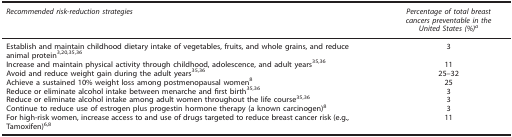
<table><thead><tr><td><b><i>Recommended risk-reduction strategies</i></b></td><td><b><i>Percentage of total breast cancers preventable in the United States (%)a</i></b></td></tr></thead><tbody><tr><td>Establish and maintain childhood dietary intake of vegetables, fruits, and whole grains, and reduce animal protein<sup>3,20,35,36</sup></td><td>3</td></tr><tr><td>Increase and maintain physical activity through childhood, adolescence, and adult years<sup>35,36</sup></td><td>11</td></tr><tr><td>Avoid and reduce weight gain during the adult years<sup>35,36</sup></td><td>25–32</td></tr><tr><td>Achieve a sustained 10% weight loss among postmenopausal women<sup>8</sup></td><td>25</td></tr><tr><td>Reduce or eliminate alcohol intake between menarche and first birth<sup>35,36</sup></td><td>3</td></tr><tr><td>Reduce or eliminate alcohol intake among adult women throughout the life course<sup>35,36</sup></td><td>3</td></tr><tr><td>Continue to reduce use of estrogen plus progestin hormone therapy (a known carcinogen)<sup>8</sup></td><td>3</td></tr><tr><td>For high-risk women, increase access to and use of drugs targeted to reduce breast cancer risk (e.g., Tamoxifen)<sup>6,8</sup></td><td>11</td></tr></tbody></table>